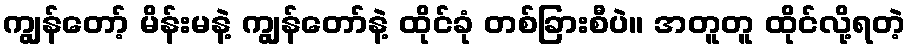
ကျွန်တော့် မိန်းမနဲ့ ကျွန်တော်နဲ့ ထိုင်ခုံ တစ်ခြားစီပဲ။ အတူတူ ထိုင်လို့ရတဲ့